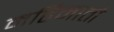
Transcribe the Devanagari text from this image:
महिमातो